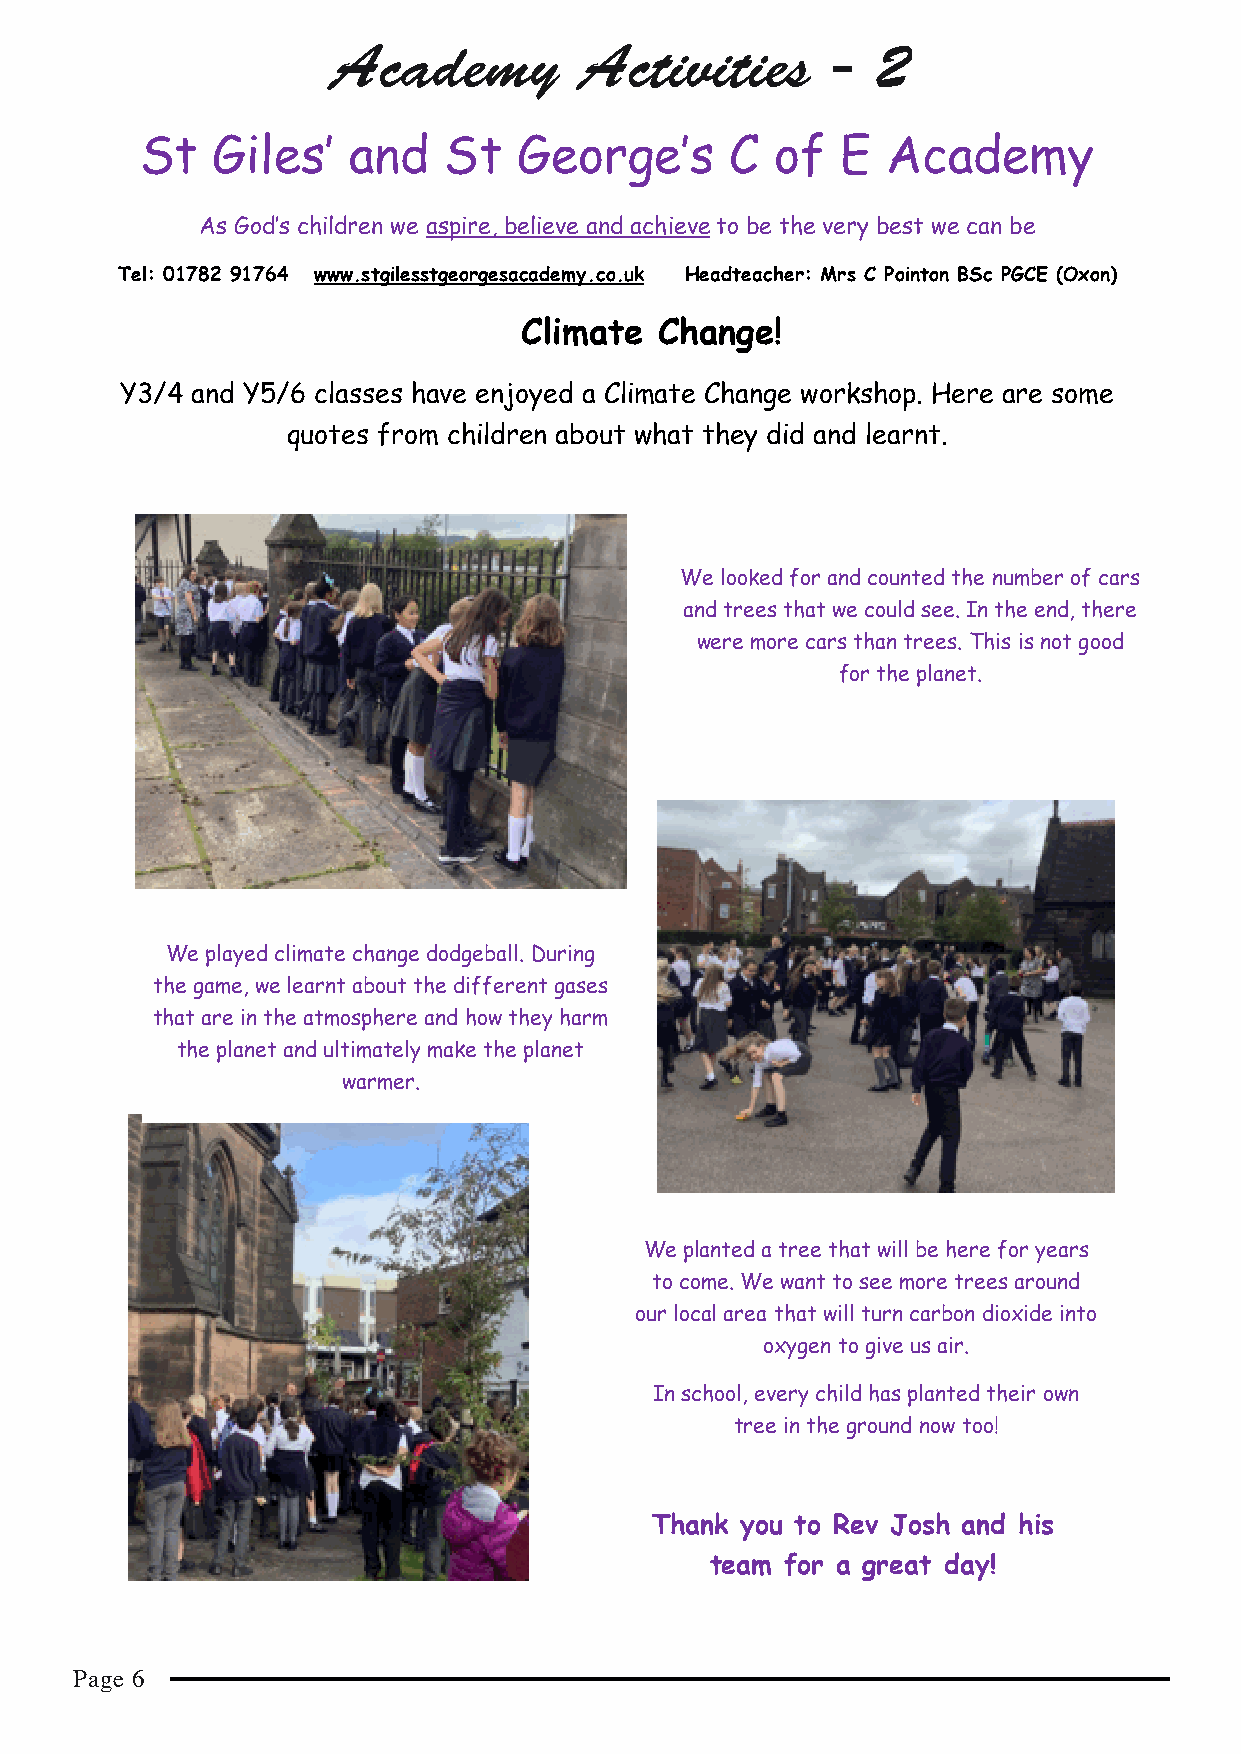
Academy         Activities       -  2
 St   Giles’   and   St   George’s      C  of   E  Academy
 As God’s children we aspire, believe and achieve to be the very best we can be
 Tel: 01782 91764 www.stgilesstgeorgesacademy.co.uk Headteacher: Mrs C Pointon BSc PGCE (Oxon)
 Climate   Change!
 Y3/4 and Y5/6 classes have enjoyed a Climate Change workshop. Here are some
 quotes from children about what they did and learnt.
 We looked for and counted the number of cars
 and trees that we could see. In the end, there
 were more cars than trees. This is not good
 for the planet.
 We played climate change dodgeball. During
 the game, we learnt about the different gases
 that are in the atmosphere and how they harm
 the planet and ultimately make the planet
 warmer.
 We planted a tree that will be here for years
 to come. We want to see more trees around
 our local area that will turn carbon dioxide into
 oxygen to give us air.
 In school, every child has planted their own
 tree in the ground now too!
 Thank you to Rev Josh and his
 team for a great day!
 Page 6